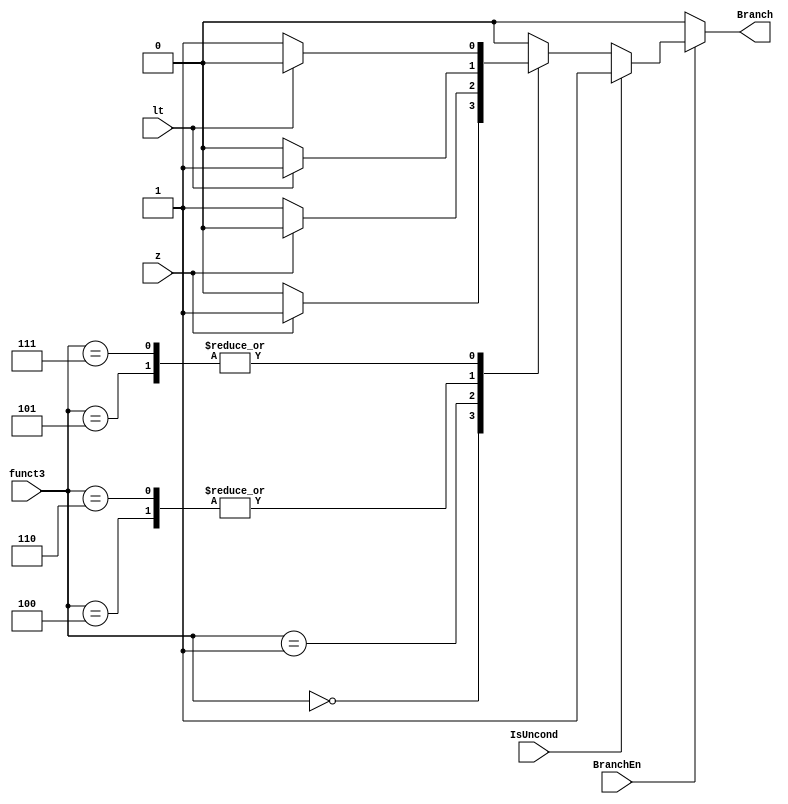
/************************************************** 
Branching Control Signal Generator Unit 
-> depending on the control signals generated by the control signal generator unit, 
   ALU flags, and funct3 section in B-type instructions generate Branch control signal 
**************************************************/ 

module branch(BranchEn, IsUncond, funct3, z, lt, Branch); 
  input[2:0] funct3; 
  input BranchEn, IsUncond, z, lt; 
  output reg Branch; 
  
  always @* begin 
    if (!BranchEn)  // no conditional or unconditional branching 
      Branch = 0; 
    else if (IsUncond) 
      Branch = 1; // unconditional branching 
    else 
      case (funct3) // conditional branching 
        (3'b000): begin if (z)  Branch = 1; else Branch = 0; end // BEQ 
        (3'b001): begin if (!z) Branch = 1; else Branch = 0; end // BNE 
        (3'b100): begin if (lt) Branch = 1; else Branch = 0; end // BLT 
        (3'b101): begin if (!lt)Branch = 1; else Branch = 0; end // BGE 
        (3'b110): begin if (lt) Branch = 1; else Branch = 0; end // BLTU 
        (3'b111): begin if (!lt)Branch = 1; else Branch = 0; end // BGEU 
        default: Branch = 0; 
      endcase 
  end 
endmodule // branch